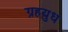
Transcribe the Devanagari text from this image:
ग्रहयुध